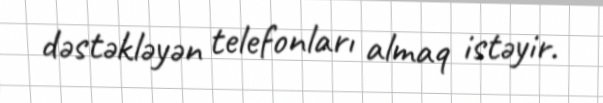
dəstəkləyən telefonları almaq istəyir.